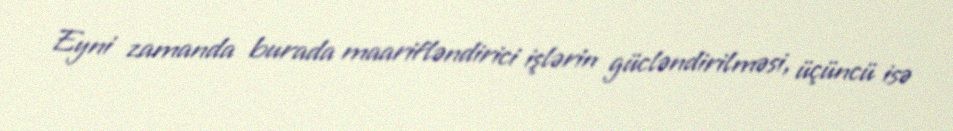
Eyni zamanda burada maarifləndirici işlərin gücləndirilməsi, üçüncü isə